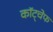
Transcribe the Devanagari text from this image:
कॉट्चेफ